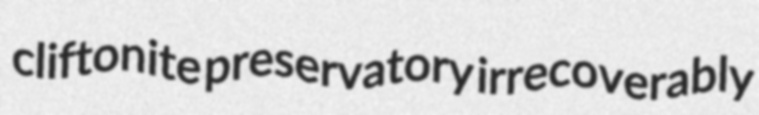
cliftonite preservatory irrecoverably